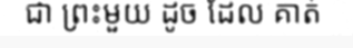
ជា ព្រះមួយ ដូច ដែល គាត់